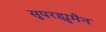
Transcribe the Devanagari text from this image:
सूपरह्युमैन